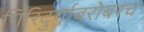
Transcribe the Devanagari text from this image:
गिरिदुर्गाबरोबरच